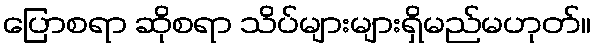
ပြောစရာ ဆိုစရာ သိပ်များများရှိမည်မဟုတ်။